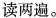
读两遍。